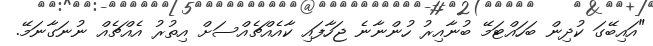
"އައިބޭގަ ކުދިން ބަހައްޓަމޭ ބުނާއިރު ހުންނާނެ ޖަހާފައި ކާއެއްޗެއްސަށް އިތުރު އެއްޗެއް ނުނަގާނަމޭ.